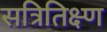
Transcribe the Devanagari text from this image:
सत्रितिक्ष्ण